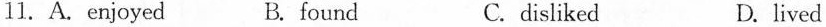
11.A.enjoyed B. found C. disliked D. lived